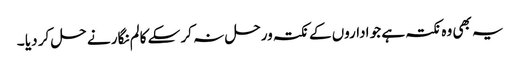
یہ بھی وہ نکتہ ہے جو اداروں کے نکتہ ورحل نہ کر سکے کالم نگار نے حل کر دیا ۔